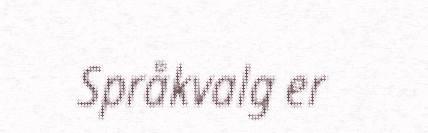
Språkvalg er